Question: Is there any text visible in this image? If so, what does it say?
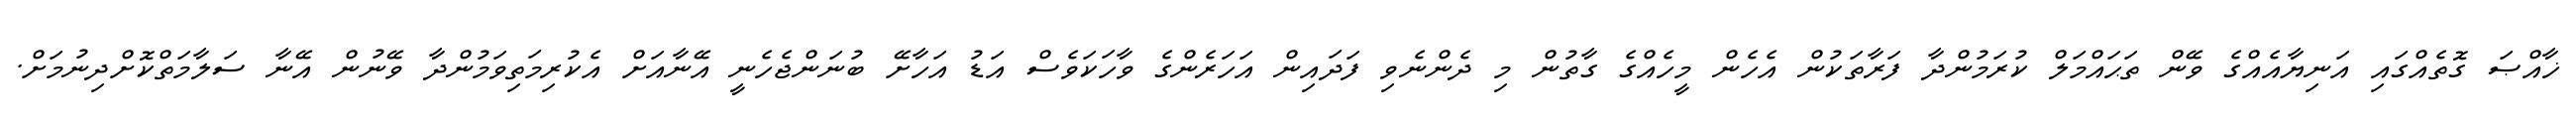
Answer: ޚާއްޞަ ގޮތެއްގައި އަނިޔާއެއްގެ ވޭން ތަޙައްމަލް ކުރަމުންދާ ފަރާތަކުން އެހެން މީހެއްގެ ގާތުން މި ދެންނެވި ފަދައިން އަހަރެންގެ ވާހަކަވެސް އަޑު އަހާށޭ ބުނަންޖެހެނީ އޭނާއަށް އެކުރިމަތިވަމުންދާ ވޭނުން އޭނާ ސަލާމަތްކޮށްދިނުމަށް.